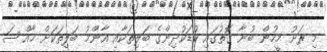
މި ރަށު މީހުން ބުނާ ގޮތުގައި ކުޑަކުދިންގެ ބަލިތަކާއި އާންމު ބަލިތަކަށް ޚާއްސަ